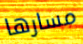
مسارها